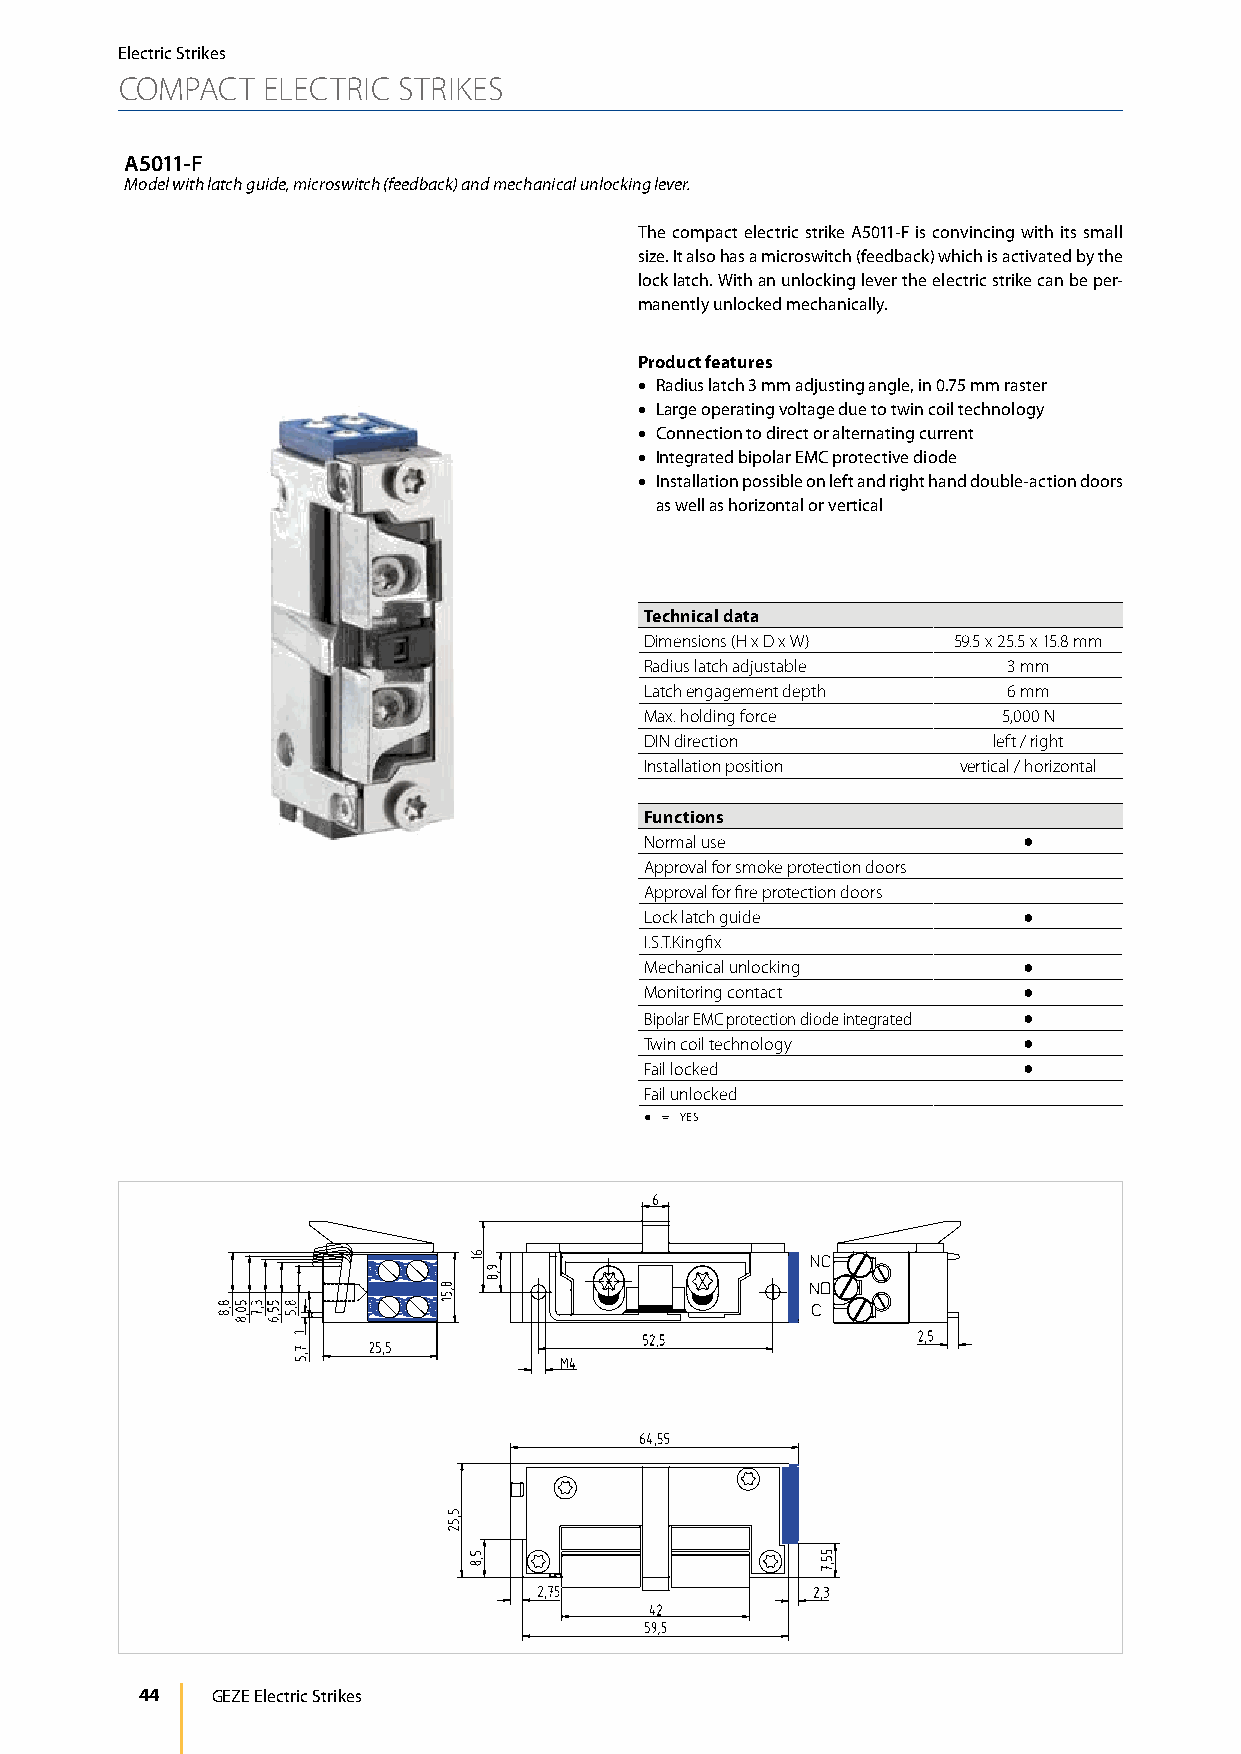
Electric Strikes
 COMPACT  ELECTRIC STRIKES
 A5011-F
 Model with latch guide, microswitch (feedback) and mechanical unlocking lever.
 The compact electric strike A5011-F is convincing with its small
 size. It also has a microswitch (feedback) which is activated by the
 lock latch. With an unlocking lever the electric strike can be per-
 manently unlocked mechanically.
 Product features
 • Radius latch 3 mm adjusting angle, in 0.75 mm raster
 • Large operating voltage due to twin coil technology
 • Connection to direct or alternating current
 • Integrated bipolar EMC protective diode
 • Installation possible on left and right hand double-action doors
 as well as horizontal or vertical
 Technical data
 Dimensions (H x D x W) 59.5 x 25.5 x 15.8 mm
 Radius latch adjustable 3 mm
 Latch engagement depth  6 mm
 Max. holding force     5,000 N
 DIN direction          left / right
 Installation position vertical / horizontal
 Functions
 Normal use               ●
 Approval for smoke protection doors
 Approval for fire protection doors
 Lock latch guide         ●
 I.S.T.Kingfix
 Mechanical unlocking     ●
 Monitoring contact       ●
 Bipolar EMC protection diode integrated ●
 Twin coil technology     ●
 Fail locked              ●
 Fail unlocked
 ● = YES
 44   GEZE Electric Strikes